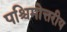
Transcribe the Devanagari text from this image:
पश्चिमोत्तरीय